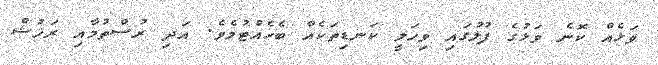
ވަޅެއް ކޮނެ ވަޅުގެ ފުލުގައި ވިހަލީ ކަނޑިތަކެއް ބެހެއްޓުމެވެ. އަދި ރުސްތުމާއި ރަޚުޝް